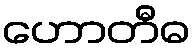
ဟောတီဓ